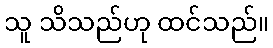
သူ သိသည်ဟု ထင်သည်။